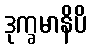
ဒုက္ခမာနိပိ